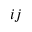
i j